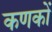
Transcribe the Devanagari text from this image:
कणकों